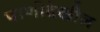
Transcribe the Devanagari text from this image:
पाणीदेखील